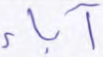
آباء